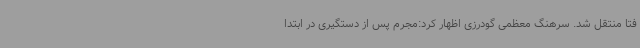
فتا منتقل شد. سرهنگ معظمی گودرزی اظهار کرد:مجرم پس از دستگیری در ابتدا